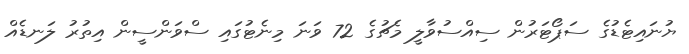
ޔުނައިޓެޑުގެ ސަޕޯޓަރުން ސިއްސުވާލީ މެޗުގެ 72 ވަނަ މިނެޓުގައި ސްވަންސީން އިތުރު ލަނޑެއް